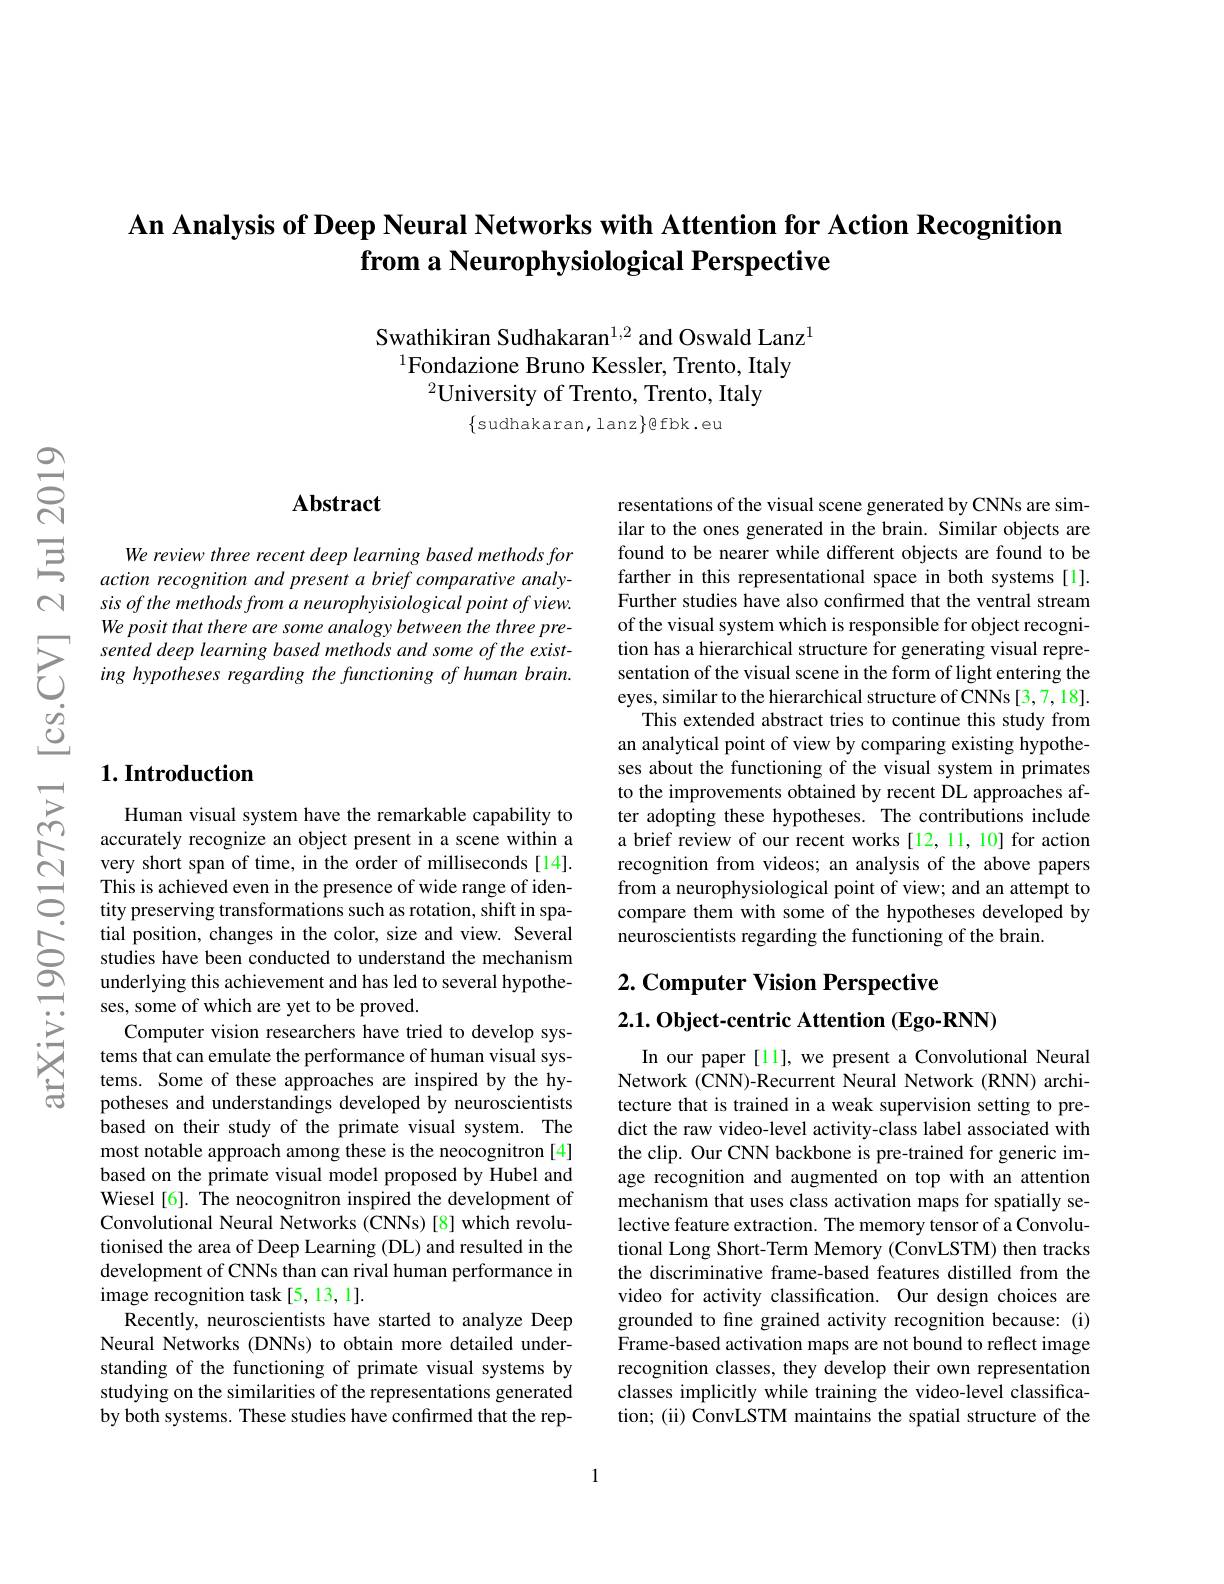
An Analysis of Deep Neural Networks with Attention for Action Recognition
from a Neurophysiological Perspective

Swathikiran Sudhakaran$^{1,2}$ and Oswald Lanz$^{1}$
$^{1}$Fondazione Bruno Kessler, Trento, Italy
$^{2}$University of Trento, Trento, Italy

$\{$sudhakaran,lanz$\}$Ebk.eu

## Abstract

We review three recent deep learning based methods for action recognition and present a brief comparative analysis of the methods from a neurophyisiological point of view. We posit that there are some analogy between the three presented deep learning based methods and some of the existing hypotheses regarding the functioning of human brain.

# $1. \textbf{Introduction}$

Human visual system have the remarkable capability to accurately recognize an object present in a scene within a very short span of time, in the order of milliseconds[14]. This is achieved even in the presence of wide range of identity preserving transformations such as rotation, shift in spatial position, changes in the color, size and view. Several studies have been conducted to understand the mechanism underlying this achievement and has led to several hypotheses, some of which are yet to be proved.
Computer vision researchers have tried to develop systems that can emulate the performance of human visual systems. Some of these approaches are inspired by the hypotheses and understandings developed by neuroscientists based on their study of the primate visual system. The most notable approach among these is the neocognitron [4] based on the primate visual model proposed by Hubel and Wiesel [6]. The neocognitron inspired the development of Convolutional Neural Networks (CNNs) [8] which revolutionised the area of Deep Learning (DL) and resulted in the development of CNNs than can rival human performance in image recognition task[5,13,1].
Recently, neuroscientists have started to analyze Deep Neural Networks (DNNs) to obtain more detailed understanding of the functioning of primate visual systems by studying on the similarities of the representations generated by both systems. These studies have confirmed that the rep-

resentations of the visual scene generated by CNNs are similar to the ones generated in the brain. Similar objects are found to be nearer while different objects are found to be farther in this representational space in both systems[1]. Further studies have also confirmed that the ventral stream of the visual system which is responsible for object recognition has a hierarchical structure for generating visual representation of the visual scene in the form of light entering the eyes, similar to the hierarchical structure of CNNs [3,7,18].
This extended abstract tries to continue this study from an analytical point of view by comparing existing hypotheses about the functioning of the visual system in primates to the improvements obtained by recent DL approaches after adopting these hypotheses. The contributions include a brief review of our recent works [12, 11, 10] for action recognition from videos; an analysis of the above papers from a neurophysiological point of view; and an attempt to compare them with some of the hypotheses developed by neuroscientists regarding the functioning of the brain.

## $2. \textbf{ Computer Vision Perspective}$ $2. 1. \textbf{ Object- centric Attention ( Ego- RNN) }$

In our paper [11], we present a Convolutional Neural Network (CNN)-Recurrent Neural Network (RNN) architecture that is trained in a weak supervision setting to predict the raw video-level activity-class label associated with the clip. Our CNN backbone is pre-trained for generic image recognition and augmented on top with an attention mechanism that uses class activation maps for spatially selective feature extraction. The memory tensor of a Convolutional Long Short-Term Memory (ConvLSTM) then tracks the discriminative frame-based features distilled from the video for activity classification. Our design choices are grounded to fine grained activity recognition because: (i) Frame-based activation maps are not bound to reflect image recognition classes, they develop their own representation classes implicitly while training the video-level classification; (ii) ConvLSTM maintains the spatial structure of the

1